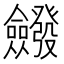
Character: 𭯆